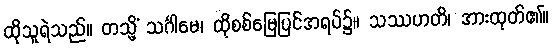
ထိုသူရဲသည်။ တသ္မိံ သင်္ဂါမေ၊ ထိုစစ်မြေပြင်အရပ်၌။ သဿဟတိ၊ အားထုတ်၏။